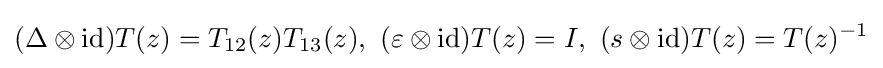
(\Delta \otimes \mathrm {id} )T(z)=T_{12}(z)T_{13}(z),\,\,(\varepsilon \otimes \mathrm {id} )T(z)=I,\,\,(s\otimes \mathrm {id} )T(z)=T(z)^{-1}